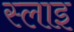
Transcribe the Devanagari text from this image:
स्लाइ